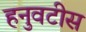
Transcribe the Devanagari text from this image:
हनुवटीस